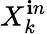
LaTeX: X_{k}^{\mathbf{i}n}